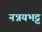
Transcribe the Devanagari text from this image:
नन्नयभट्ट